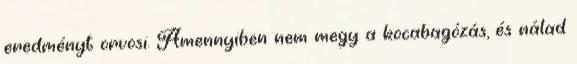
eredményt orvosi. Amennyiben nem megy a kocabagózás, és nálad